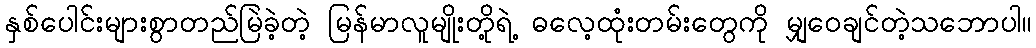
နှစ်ပေါင်းများစွာတည်မြဲခဲ့တဲ့ မြန်မာလူမျိုးတို့ရဲ့ ဓလေ့ထုံးတမ်းတွေကို မျှဝေချင်တဲ့သဘောပါ။